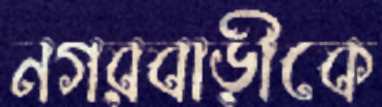
নগরবাড়ীকে